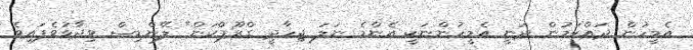
އެމީހުން ދައްކަމުން ދަނީ އެމީހުންނަކީ އެންމެ ނަލަ ޖިހާދީ ގްރޫޕްކަން" ލޭންޑިސް ވިދާޅުވެފައިވެ